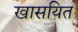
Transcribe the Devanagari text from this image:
खासयित